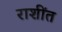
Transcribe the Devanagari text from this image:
राशींत